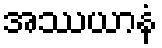
အဿယာနံ